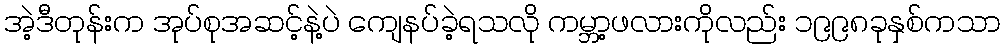
အဲ့ဒီတုန်းက အုပ်စုအဆင့်နဲ့ပဲ ကျေနပ်ခဲ့ရသလို ကမ္ဘာ့ဖလားကိုလည်း ၁၉၉၈ခုနှစ်ကသာ